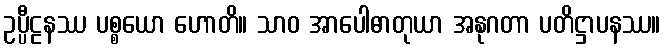
ဥပ္ပီဠနဿ ပစ္စယော ဟောတိ။ သာဝ အာပေါဓာတုယာ အနုဂတာ ပတိဋ္ဌာပနဿ။